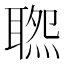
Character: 𦖹